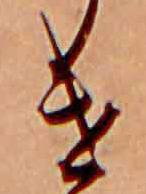
け